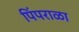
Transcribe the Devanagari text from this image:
पिंपराळा